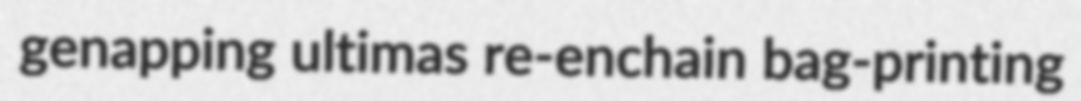
genapping ultimas re-enchain bag-printing